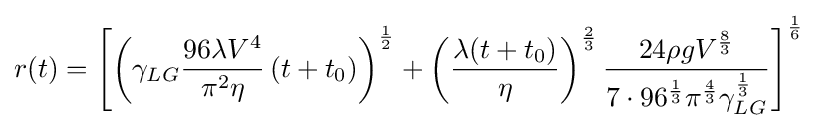
r(t)=\left[\left(\gamma _{LG}{\frac {96\lambda V^{4}}{\pi ^{2}\eta }}\left(t+t_{0}\right)\right)^{\frac {1}{2}}+\left({\frac {\lambda (t+t_{0})}{\eta }}\right)^{\frac {2}{3}}{\frac {24\rho gV^{\frac {8}{3}}}{7\cdot 96^{\frac {1}{3}}\pi ^{\frac {4}{3}}\gamma _{LG}^{\frac {1}{3}}}}\right]^{\frac {1}{6}}